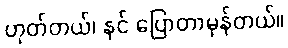
ဟုတ်တယ်၊ နင် ပြောတာမှန်တယ်။